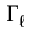
\Gamma _ { \ell }